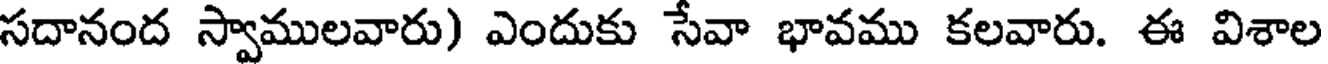
సదానంద స్వాములవారు) ఎందుకు సేవా భావము కలవారు. ఈ విశాల